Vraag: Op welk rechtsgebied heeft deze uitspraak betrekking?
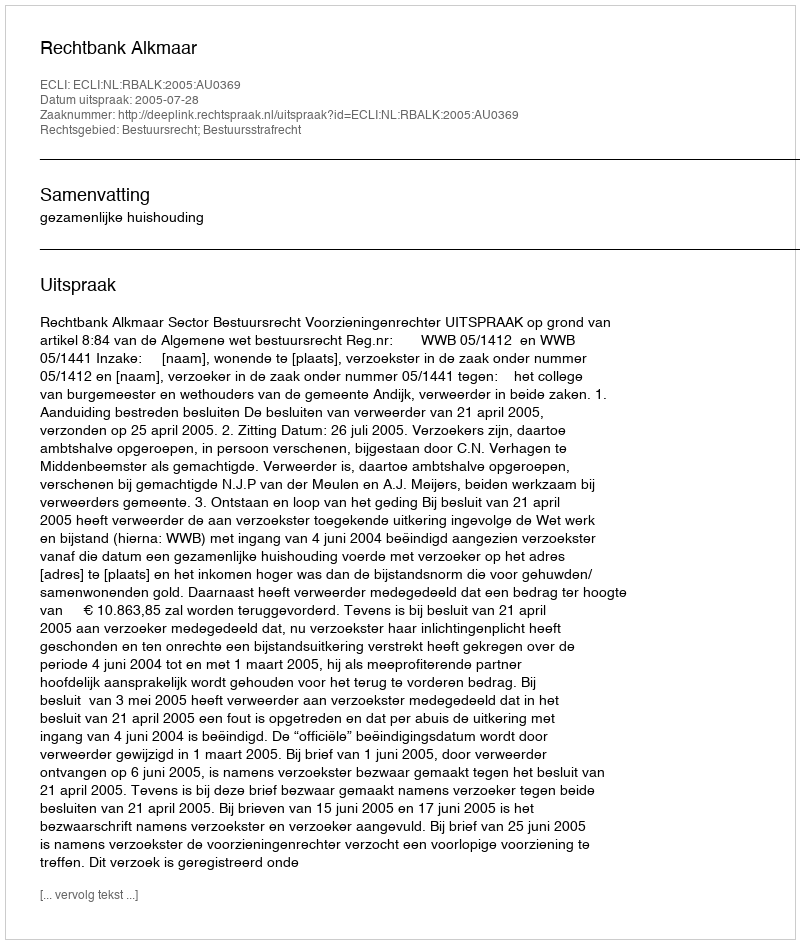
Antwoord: Bestuursrecht; Bestuursstrafrecht